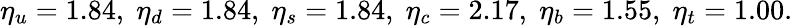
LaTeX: \eta_{u}=1.84,\; \eta_{d}=1.84,\; \eta_{s}=1.84,\; \eta_{c}=2.17,\; \eta_{b}=1.55,\; \eta_{t}=1.00.